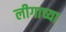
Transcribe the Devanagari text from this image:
लीगाच्या